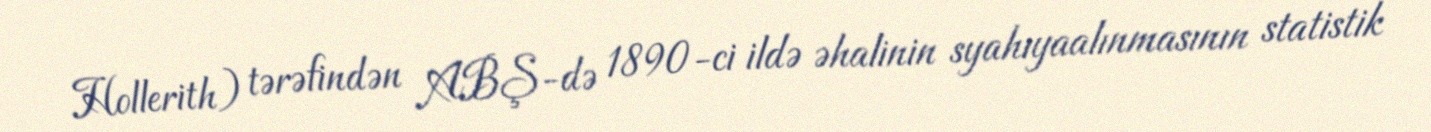
Hollerith) tərəfindən ABŞ-də 1890-ci ildə əhalinin syahıyaalınmasının statistik